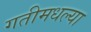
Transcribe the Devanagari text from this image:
गतीमधल्या